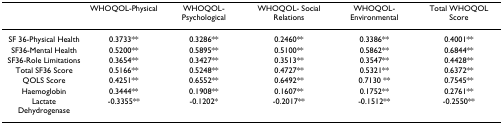
|  | WHOQOL-Physical | WHOQOL-Psychological | WHOQOL- Social Relations | WHOQOL-Environmental | Total WHOQOL Score |
 | --- | --- | --- | --- | --- | --- |
 | SF 36-Physical Health | 0.3733** | 0.3286** | 0.2460** | 0.3386** | 0.4001** |
 | SF36-Mental Health | 0.5200** | 0.5895** | 0.5100** | 0.5862** | 0.6844** |
 | SF36-Role Limitations | 0.3654** | 0.3427** | 0.3513** | 0.3547** | 0.4428** |
 | Total SF36 Score | 0.5166** | 0.5248** | 0.4727** | 0.5321** | 0.6372** |
 | QOLS Score | 0.4251** | 0.6552** | 0.6492** | 0.7130 ** | 0.7545** |
 | Haemoglobin | 0.3444** | 0.1908** | 0.1607** | 0.1752** | 0.2761** |
 | Lactate Dehydrogenase | -0.3355** | -0.1202* | -0.2017** | -0.1512** | -0.2550** |